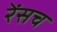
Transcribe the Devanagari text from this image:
रेंसच